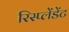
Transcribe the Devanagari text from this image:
रिस्प्लेंडेंट